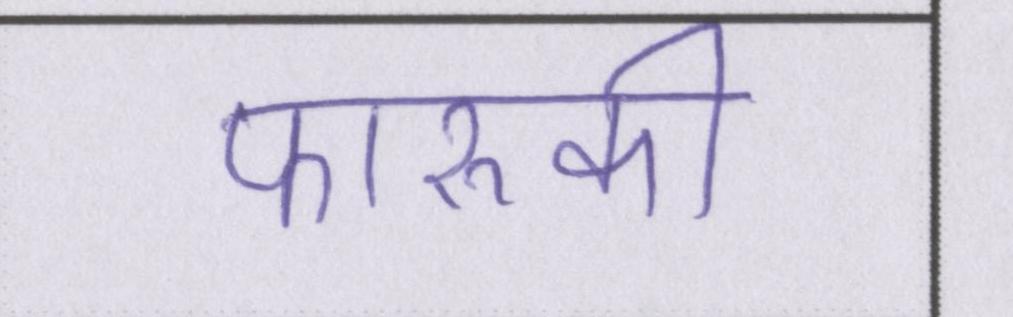
फारूकी